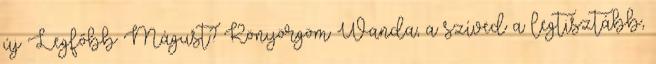
új Legfőbb Mágust? Könyörgöm Wanda, a szíved a legtisztább,